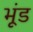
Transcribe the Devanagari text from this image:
भूंड